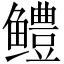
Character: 鳢